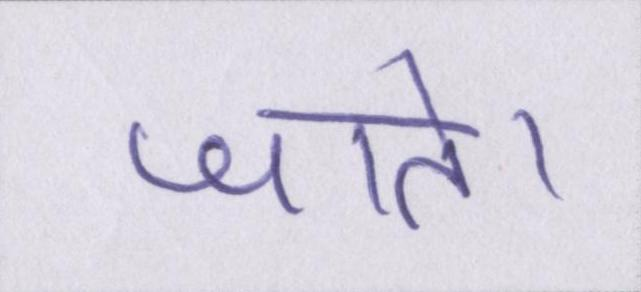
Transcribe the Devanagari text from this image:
जाते।